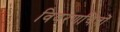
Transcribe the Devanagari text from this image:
विवरणचित्रों